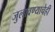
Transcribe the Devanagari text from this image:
जुलावण्याचेही